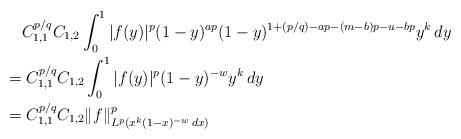
LaTeX: \begin{align*}&\phantom{={}}C_{1,1}^{p/q} C_{1,2}\int_0^1 |f(y)|^p (1-y)^{ap} (1-y)^{1+(p/q)-ap-(m-b)p-u-bp} y^k \, dy \\&= C_{1,1}^{p/q} C_{1,2} \int_0^1 |f(y)|^p (1-y)^{-w} y^k \, dy \\&= C_{1,1}^{p/q} C_{1,2} \|f\|^p_{L^p(x^k(1-x)^{-w}\, dx)}\end{align*}